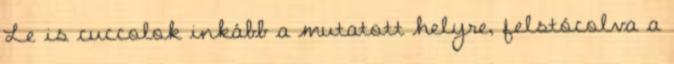
Le is cuccolok inkább a mutatott helyre, felstócolva a